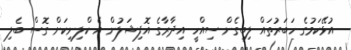
އުޅޭކަމުގެ ހަބަރުތައް ލިބިގެން ސިއްހީ އިދާރާގެ އޮފިޝަލުން އެ ކްލިނިކަށް ގޮސް ބެލި